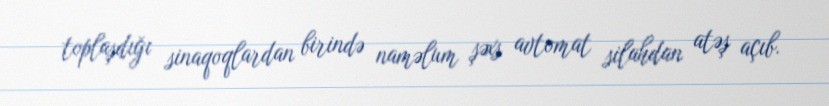
toplaşdığı sinaqoqlardan birində naməlum şəxs avtomat silahdan atəş açıb.